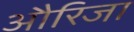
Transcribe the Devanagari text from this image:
औरिजा